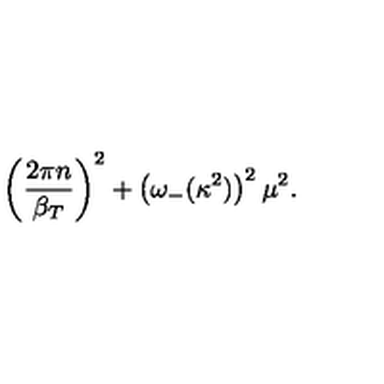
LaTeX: \left( \frac { 2 \pi n } { \beta _ { T } } \right) ^ { 2 } + \left( \omega _ { - } ( \kappa ^ { 2 } ) \right) ^ { 2 } \mu ^ { 2 } .